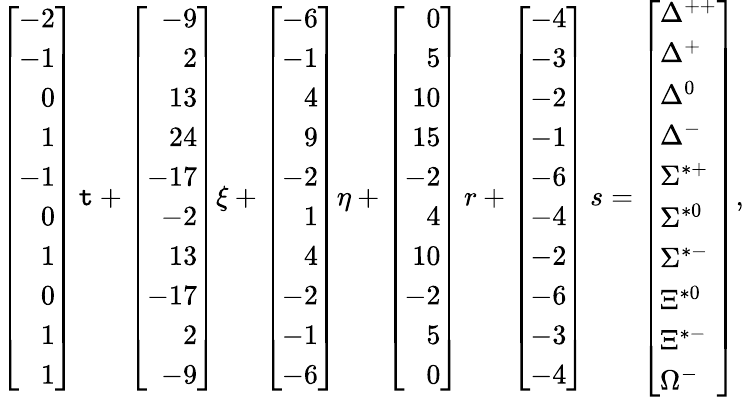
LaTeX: \left[\begin{array}{r}{{-2}}\\ {{-1}}\\ {{0}}\\ {{1}}\\ {{-1}}\\ {{0}}\\ {{1}}\\ {{0}}\\ {{1}}\\ {{1}}\end{array}\right]\, \mathtt{t}+\left[\begin{array}{r}{{-9}}\\ {{2}}\\ {{13}}\\ {{24}}\\ {{-17}}\\ {{-2}}\\ {{13}}\\ {{-17}}\\ {{2}}\\ {{-9}}\end{array}\right]\xi+\left[\begin{array}{r}{{-6}}\\ {{-1}}\\ {{4}}\\ {{9}}\\ {{-2}}\\ {{1}}\\ {{4}}\\ {{-2}}\\ {{-1}}\\ {{-6}}\end{array}\right]\eta+\left[\begin{array}{r}{{0}}\\ {{5}}\\ {{10}}\\ {{15}}\\ {{-2}}\\ {{4}}\\ {{10}}\\ {{-2}}\\ {{5}}\\ {{0}}\end{array}\right]\, r+\left[\begin{array}{r}{{-4}}\\ {{-3}}\\ {{-2}}\\ {{-1}}\\ {{-6}}\\ {{-4}}\\ {{-2}}\\ {{-6}}\\ {{-3}}\\ {{-4}}\end{array}\right]\, s=\left[\begin{array}{l}{{\Delta^{++}}}\\ {{\Delta^{+}}}\\ {{\Delta^{0}}}\\ {{\Delta^{-}}}\\ {{\Sigma^{*+}}}\\ {{\Sigma^{*0}}}\\ {{\Sigma^{*-}}}\\ {{\Xi^{*0}}}\\ {{\Xi^{*-}}}\\ {{\Omega^{-}}}\end{array}\right],